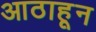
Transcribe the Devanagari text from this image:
आठाहून